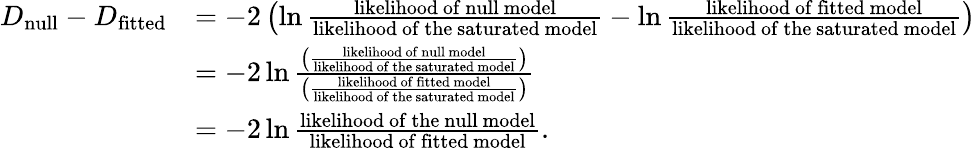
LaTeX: {\begin{array}{rl}{D_{\mathrm{null}}-D_{\mathrm{fitted}}}&{=-2\left(\ln{\frac{\mathrm{likelihood~of~null~model}}{\mathrm{likelihood~of~the~saturated~model}}}-\ln{\frac{\mathrm{likelihood~of~fitted~model}}{\mathrm{likelihood~of~the~saturated~model}}}\right)}\\ &{=-2\ln{\frac{\left({\frac{\mathrm{likelihood~of~null~model}}{\mathrm{likelihood~of~the~saturated~model}}}\right)}{\left({\frac{\mathrm{likelihood~of~fitted~model}}{\mathrm{likelihood~of~the~saturated~model}}}\right)}}}\\ &{=-2\ln{\frac{\mathrm{likelihood~of~the~null~model}}{\mathrm{likelihood~of~fitted~model}}}.}\end{array}}